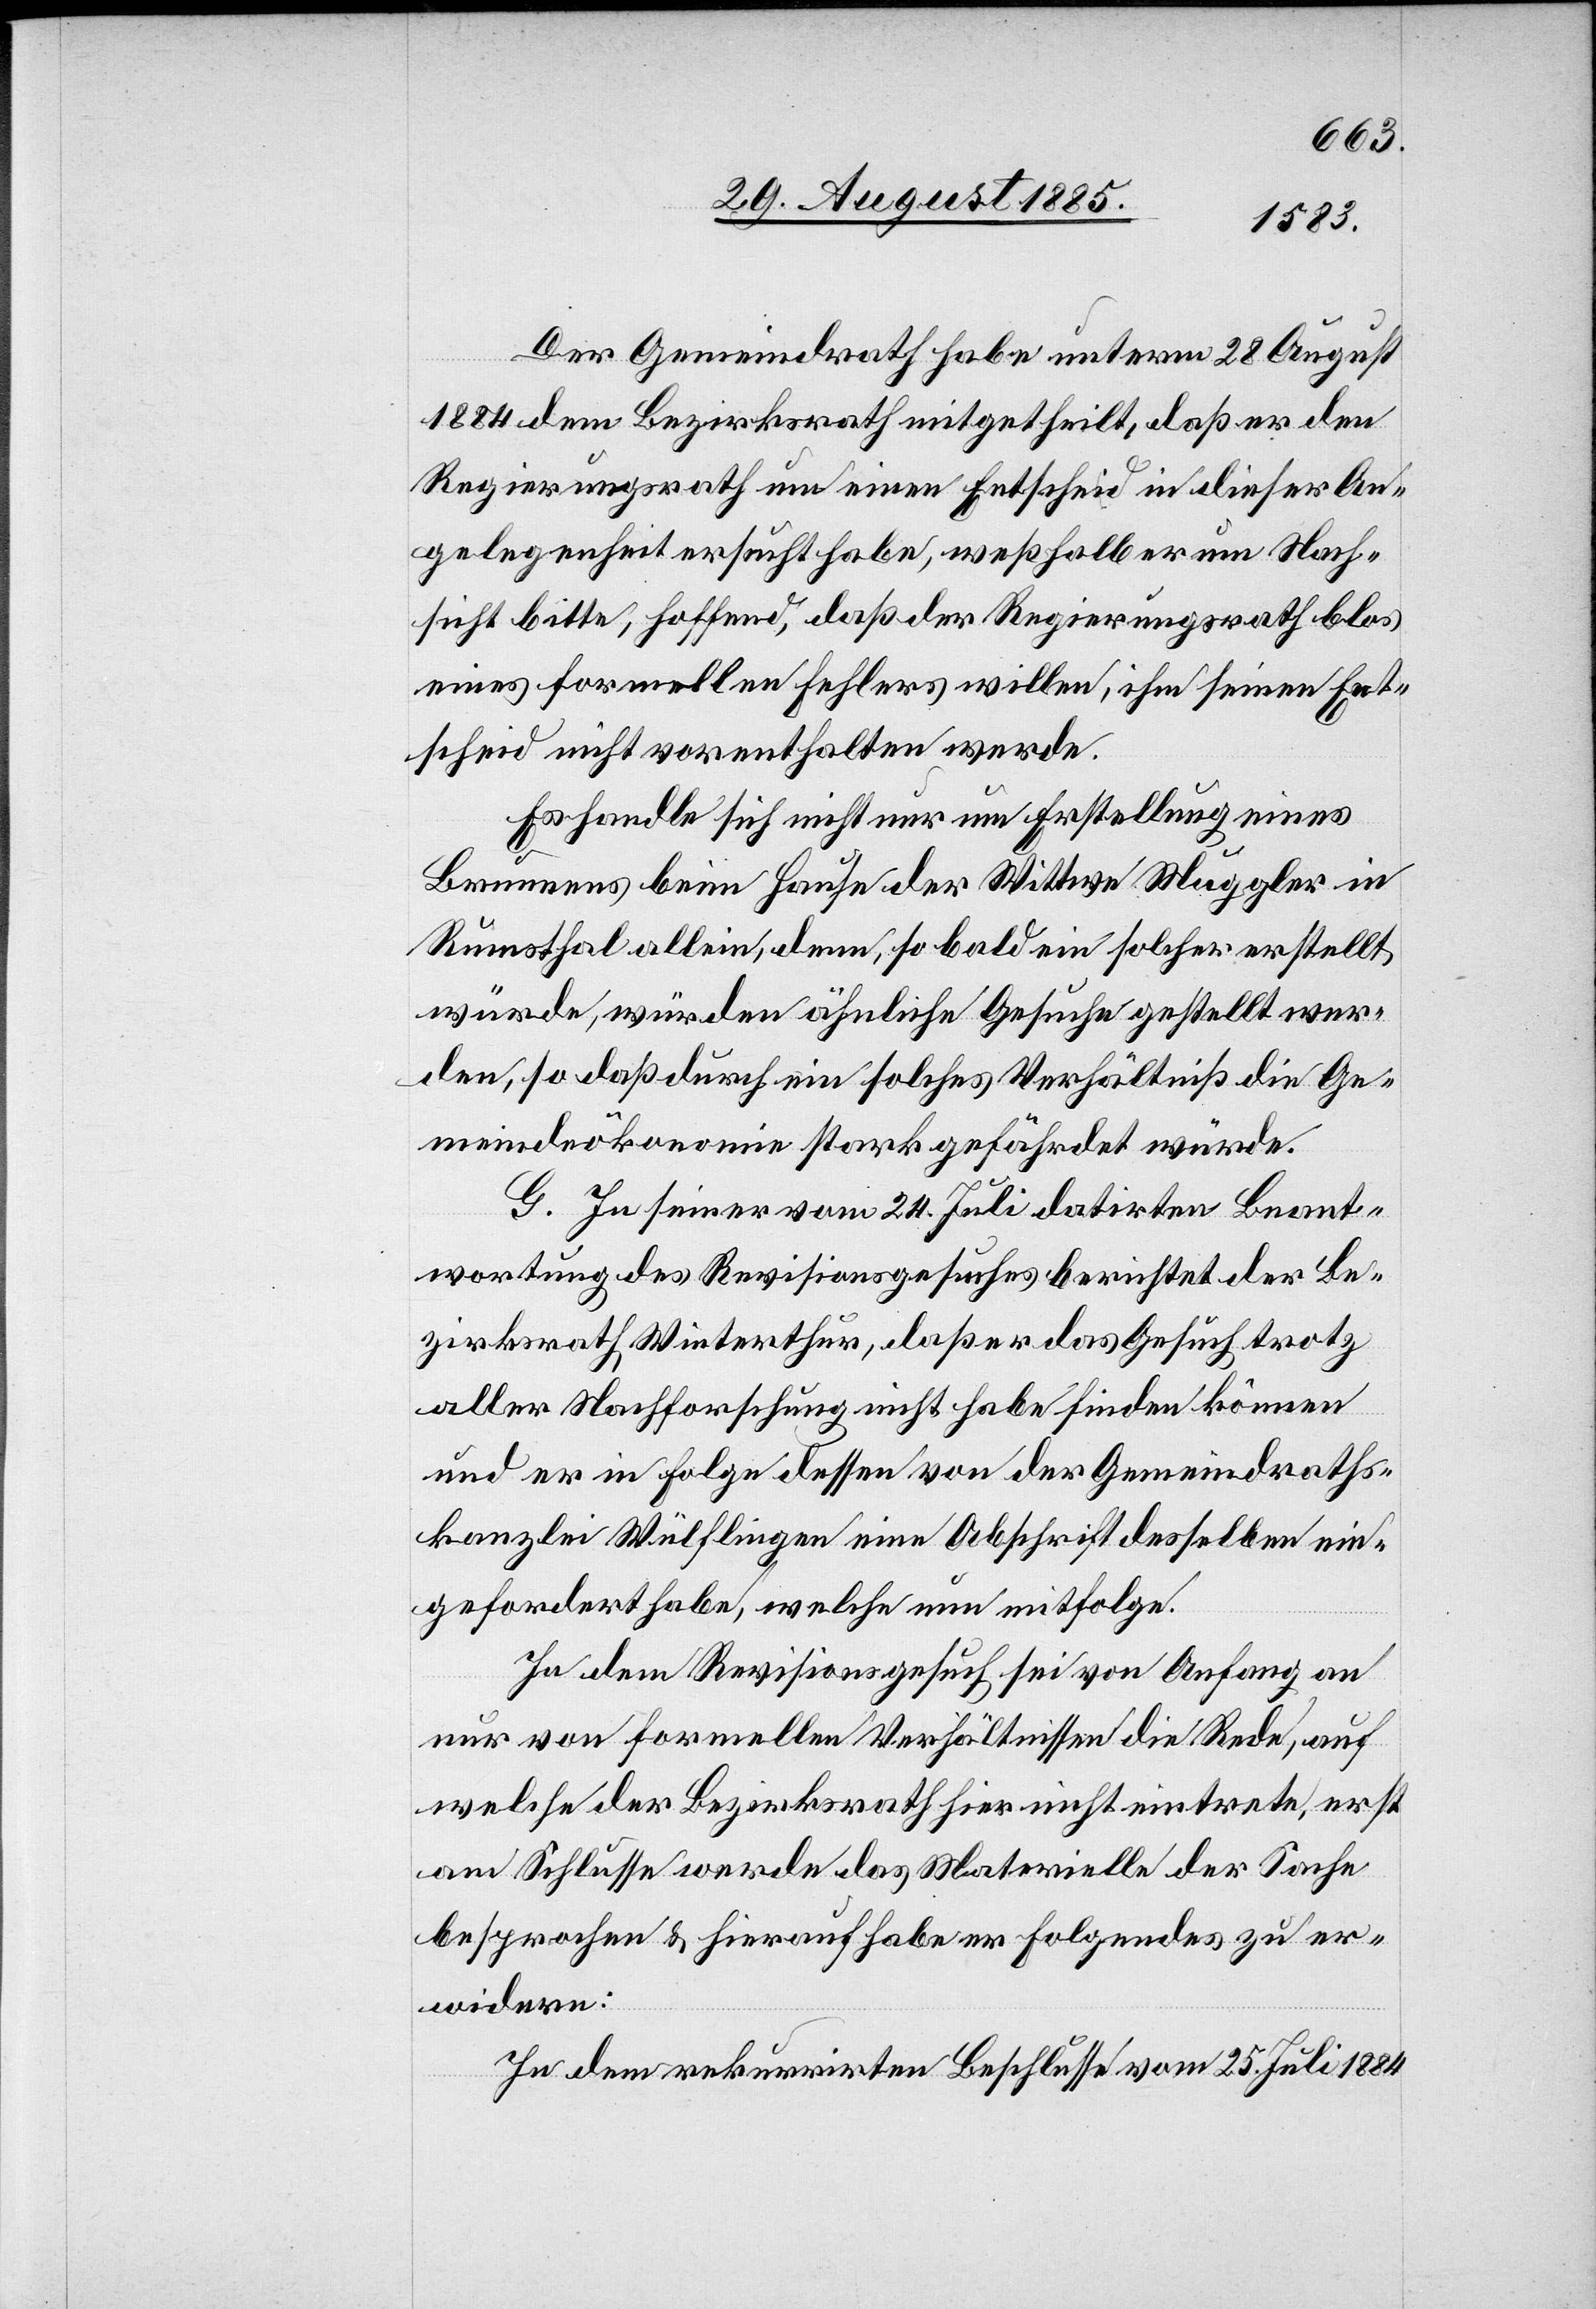
Der Gemeindrath habe unterm 28. August
1884 dem Bezirksrath mitgetheilt, daß er den
Regierungsrath um einen Entscheid in dieser An¬
gelegenheit ersucht habe, weßhalb er um Nach¬
sicht bitte, hoffend, daß der Regierungsrath blos
eines formellen Fehlers willen, ihm seinen Ent¬
scheid nicht vorenthalten werde.
Es handle sich nicht nur um Erstellung eines
Brunnens beim Hause der Wittwe Muggler in
Rumsthal allein, denn, so bald ein solcher erstellt
würde, würden ähnliche Gesuche gestellt wer¬
den, so daß durch ein solches Verhältniß die Ge¬
meindeökonomie stark gefährdet würde.
G. In seiner vom 24. Juli datirten Beant¬
wortung des Revisionsgesuches berichtet der Be¬
zirksrath Winterthur, daß er das Gesuch trotzt
aller Nachforschung nicht habe finden können
und er in Folge dessen von der Gemeindraths¬
kanzlei Wülflingen eine Abschrift desselben ein¬
gefordert habe, welche nun mitfolge.
In dem Revisionsgesuch sei von Anfang an
nur von formellen Verhältnissen die Rede, auf
welche der Bezirksrath hier nicht eintrete, erst
am Schlusse werde das Materielle der Sache
besprochen & hierauf habe er Folgendes zu er¬
widern:
In dem rekurrirten Beschlusse vom 25. Juli 1884